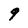
Character: 9